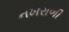
નખરાળી